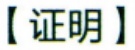
【证明】